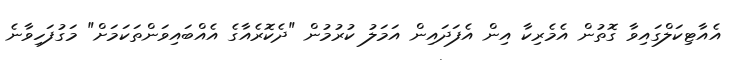
އެއާޓިކަލްގައިވާ ގޮތުން އެމެރިކާ އިން އެފަދައިން އަމަލު ކުރުމުން "ދެކޮރެއާގެ އެއްބައިވަންތަކަމަށް" މަގުފަހިވާނެ